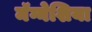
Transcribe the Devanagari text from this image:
मॅग्नेशिया